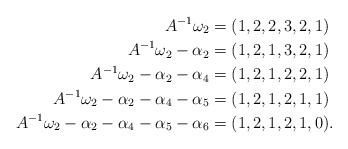
LaTeX: \begin{align*}A^{-1}\omega_2 &= (1,2,2,3,2,1)\\A^{-1}\omega_2 - \alpha_2 &= (1,2,1,3,2,1)\\A^{-1}\omega_2 - \alpha_2 - \alpha_4 &= (1,2,1,2,2,1)\\A^{-1}\omega_2 - \alpha_2 - \alpha_4 - \alpha_5 &= (1,2,1,2,1,1)\\A^{-1}\omega_2 - \alpha_2 - \alpha_4 - \alpha_5 - \alpha_6 &= (1,2,1,2,1,0).\end{align*}